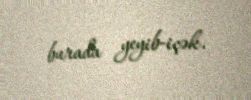
burada yeyib-içək.